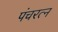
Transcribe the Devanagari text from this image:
पंचरत्‍न